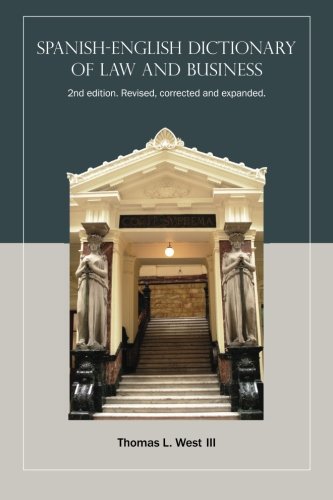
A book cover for Spanish-English Dictionary of Law and Business, 2nd edition; Thomas L West III; Law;